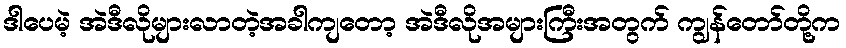
ဒါပေမဲ့ အဲဒီလိုများလာတဲ့အခါကျတော့ အဲဒီလိုအများကြီးအတွက် ကျွန်တော်တို့က